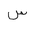
Letter: _sin